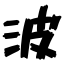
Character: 波